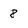
Character: 8